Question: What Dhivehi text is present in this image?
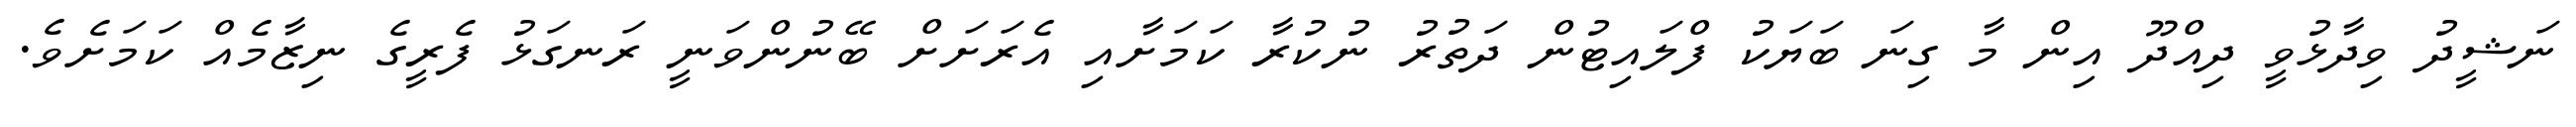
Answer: ނަޝީދު ވިދާޅުވީ ދިއްދޫ އިން މާ ގިނަ ބަޔަކު ފްލައިޓުން ދަތުރު ނުކުރާ ކަމަށާއި އެރަށަށް ބޭނުންވަނީ ރަނގަޅު ފެރީގެ ނިޒާމެއް ކަމަށެވެ.